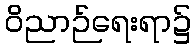
ဝိညာဉ်ရေးရာ၌